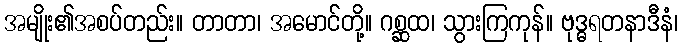
အမျိုး၏အစပ်တည်း။ တာတာ၊ အမောင်တို့။ ဂစ္ဆထ၊ သွားကြကုန်။ ဗုဒ္ဓရတနာဒီနံ၊